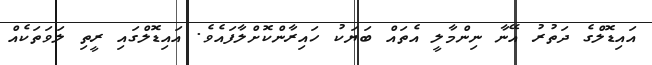
އައިޑޮލްގެ ދަތުރު އޭނާ ނިންމާލީ އެތައް ބަޔަކު ހައިރާންކޮށްލާފައެވެ. އައިޑޮލްގައި ރީތި ލަވަތަކެއް